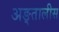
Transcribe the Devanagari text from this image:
अङ्तालीस